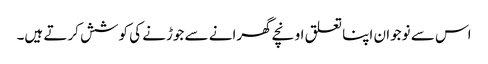
اس سے نوجوان اپنا تعلق اونچے گھرانے سے جوڑنے کی کوشش کرتے ہیں۔